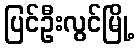
ပြင်ဦးလွင်မြို့